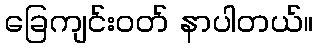
ခြေကျင်းဝတ် နာပါတယ်။